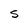
Character: S